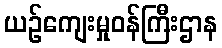
ယဉ်ကျေးမှုဝန်ကြီးဌာန